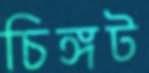
চিঙ্গট